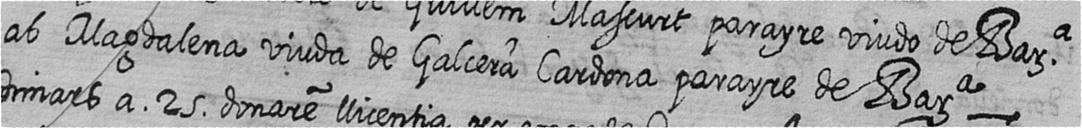
ab Magdalena viuda de Galcera Cardona parayre de Bara